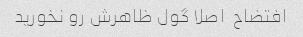
افتضاح  اصلا گول ظاهرش رو نخورید